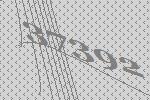
37392